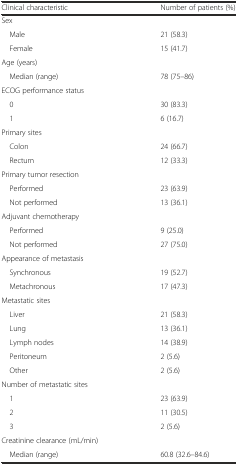
<table><thead><tr><td><b>Clinical characteristic</b></td><td><b>Number of patients (%)</b></td></tr></thead><tbody><tr><td colspan="2">Sex</td></tr><tr><td> Male</td><td>21 (58.3)</td></tr><tr><td> Female</td><td>15 (41.7)</td></tr><tr><td>Age (years)</td><td></td></tr><tr><td> Median (range)</td><td>78 (75–86)</td></tr><tr><td colspan="2">ECOG performance status</td></tr><tr><td> 0</td><td>30 (83.3)</td></tr><tr><td> 1</td><td>6 (16.7)</td></tr><tr><td colspan="2">Primary sites</td></tr><tr><td> Colon</td><td>24 (66.7)</td></tr><tr><td> Rectum</td><td>12 (33.3)</td></tr><tr><td colspan="2">Primary tumor resection</td></tr><tr><td> Performed</td><td>23 (63.9)</td></tr><tr><td> Not performed</td><td>13 (36.1)</td></tr><tr><td>Adjuvant chemotherapy</td><td></td></tr><tr><td> Performed</td><td>9 (25.0)</td></tr><tr><td> Not performed</td><td>27 (75.0)</td></tr><tr><td colspan="2">Appearance of metastasis</td></tr><tr><td> Synchronous</td><td>19 (52.7)</td></tr><tr><td> Metachronous</td><td>17 (47.3)</td></tr><tr><td colspan="2">Metastatic sites</td></tr><tr><td> Liver</td><td>21 (58.3)</td></tr><tr><td> Lung</td><td>13 (36.1)</td></tr><tr><td> Lymph nodes</td><td>14 (38.9)</td></tr><tr><td> Peritoneum</td><td>2 (5.6)</td></tr><tr><td> Other</td><td>2 (5.6)</td></tr><tr><td colspan="2">Number of metastatic sites</td></tr><tr><td> 1</td><td>23 (63.9)</td></tr><tr><td> 2</td><td>11 (30.5)</td></tr><tr><td> 3</td><td>2 (5.6)</td></tr><tr><td colspan="2">Creatinine clearance (mL/min)</td></tr><tr><td> Median (range)</td><td>60.8 (32.6–84.6)</td></tr></tbody></table>